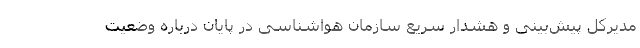
مدیرکل پیش‌بینی و هشدار سریع سازمان هواشناسی در پایان درباره وضعیت